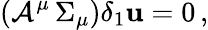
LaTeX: \left({\cal A}^{\mu}\, \Sigma_{\mu}\right)\delta_{1}{\mathbf u}=0\, ,